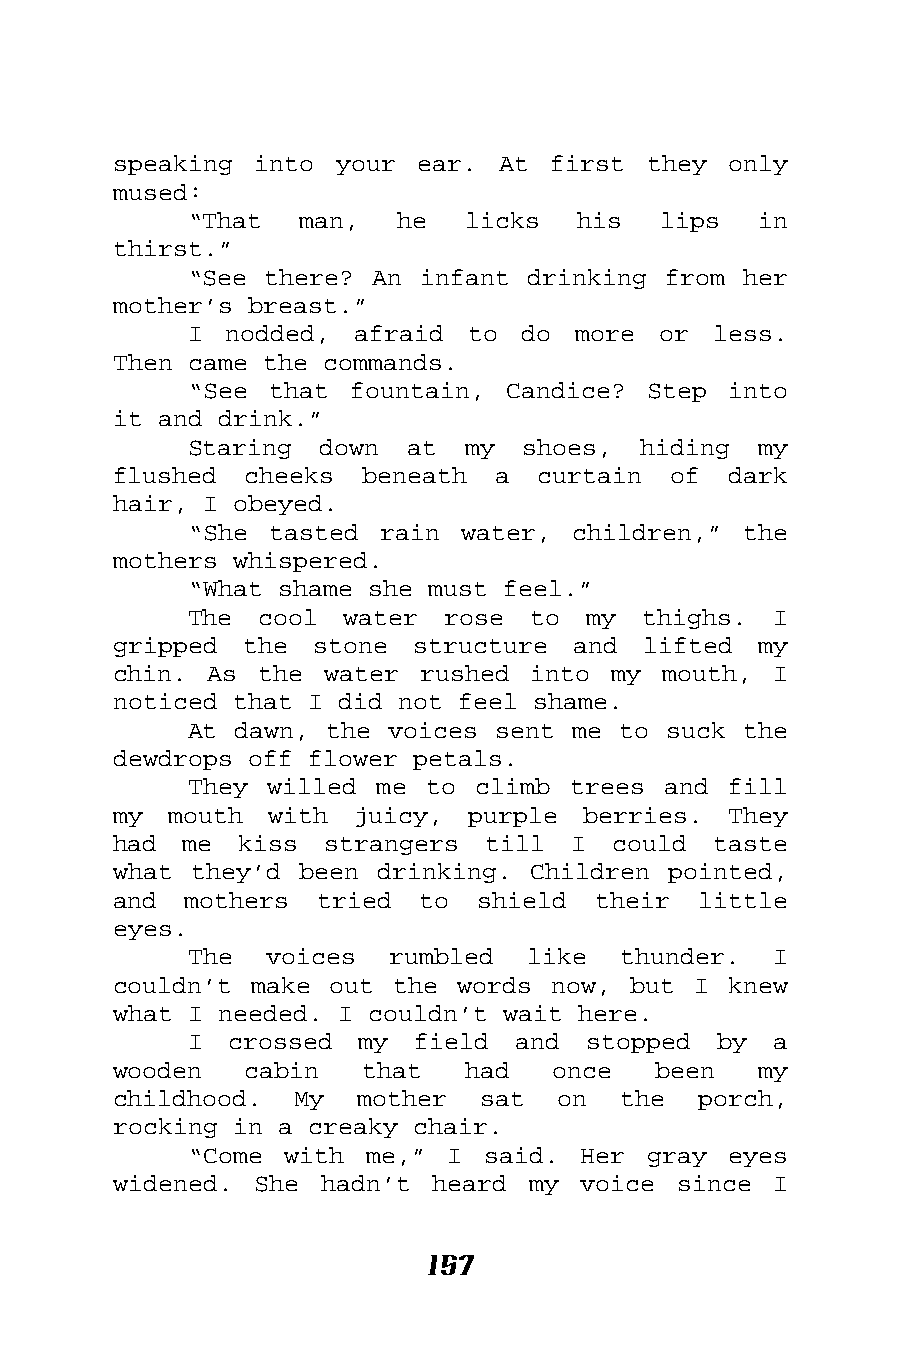
speaking into  your ear. At  first they  only
 mused:
 “That  man,   he  licks   his  lips   in
 thirst.”
 “See there? An infant drinking from  her
 mother’s breast.”
 I nodded,  afraid to  do more  or  less.
 Then came the commands.
 “See that  fountain, Candice? Step  into
 it and drink.”
 Staring  down at  my  shoes,  hiding  my
 flushed  cheeks beneath  a  curtain  of  dark
 hair, I obeyed.
 “She tasted  rain water, children,”  the
 mothers whispered.
 “What shame she must feel.”
 The  cool water  rose  to my  thighs.  I
 gripped the  stone  structure and  lifted  my
 chin. As  the water rushed  into my mouth,  I
 noticed that I did not feel shame.
 At dawn, the voices sent me to suck  the
 dewdrops off flower petals.
 They willed me  to climb trees and  fill
 my  mouth with  juicy, purple  berries.  They
 had  me kiss  strangers  till I  could  taste
 what they’d been drinking. Children  pointed,
 and  mothers tried  to  shield  their  little
 eyes.
 The  voices  rumbled  like  thunder.   I
 couldn’t make out the  words now, but I  knew
 what I needed. I couldn’t wait here.
 I  crossed my  field  and stopped  by  a
 wooden   cabin  that   had   once   been   my
 childhood.  My  mother  sat  on  the   porch,
 rocking in a creaky chair.
 “Come with  me,” I said.  Her gray  eyes
 widened. She  hadn’t heard my  voice since  I
 157